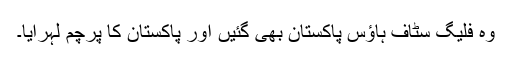
وہ فلیگ سٹاف ہاؤس پاکستان بھی گئیں اور پاکستان کا پرچم لہرایا۔